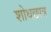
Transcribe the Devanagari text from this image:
शोधछात्र